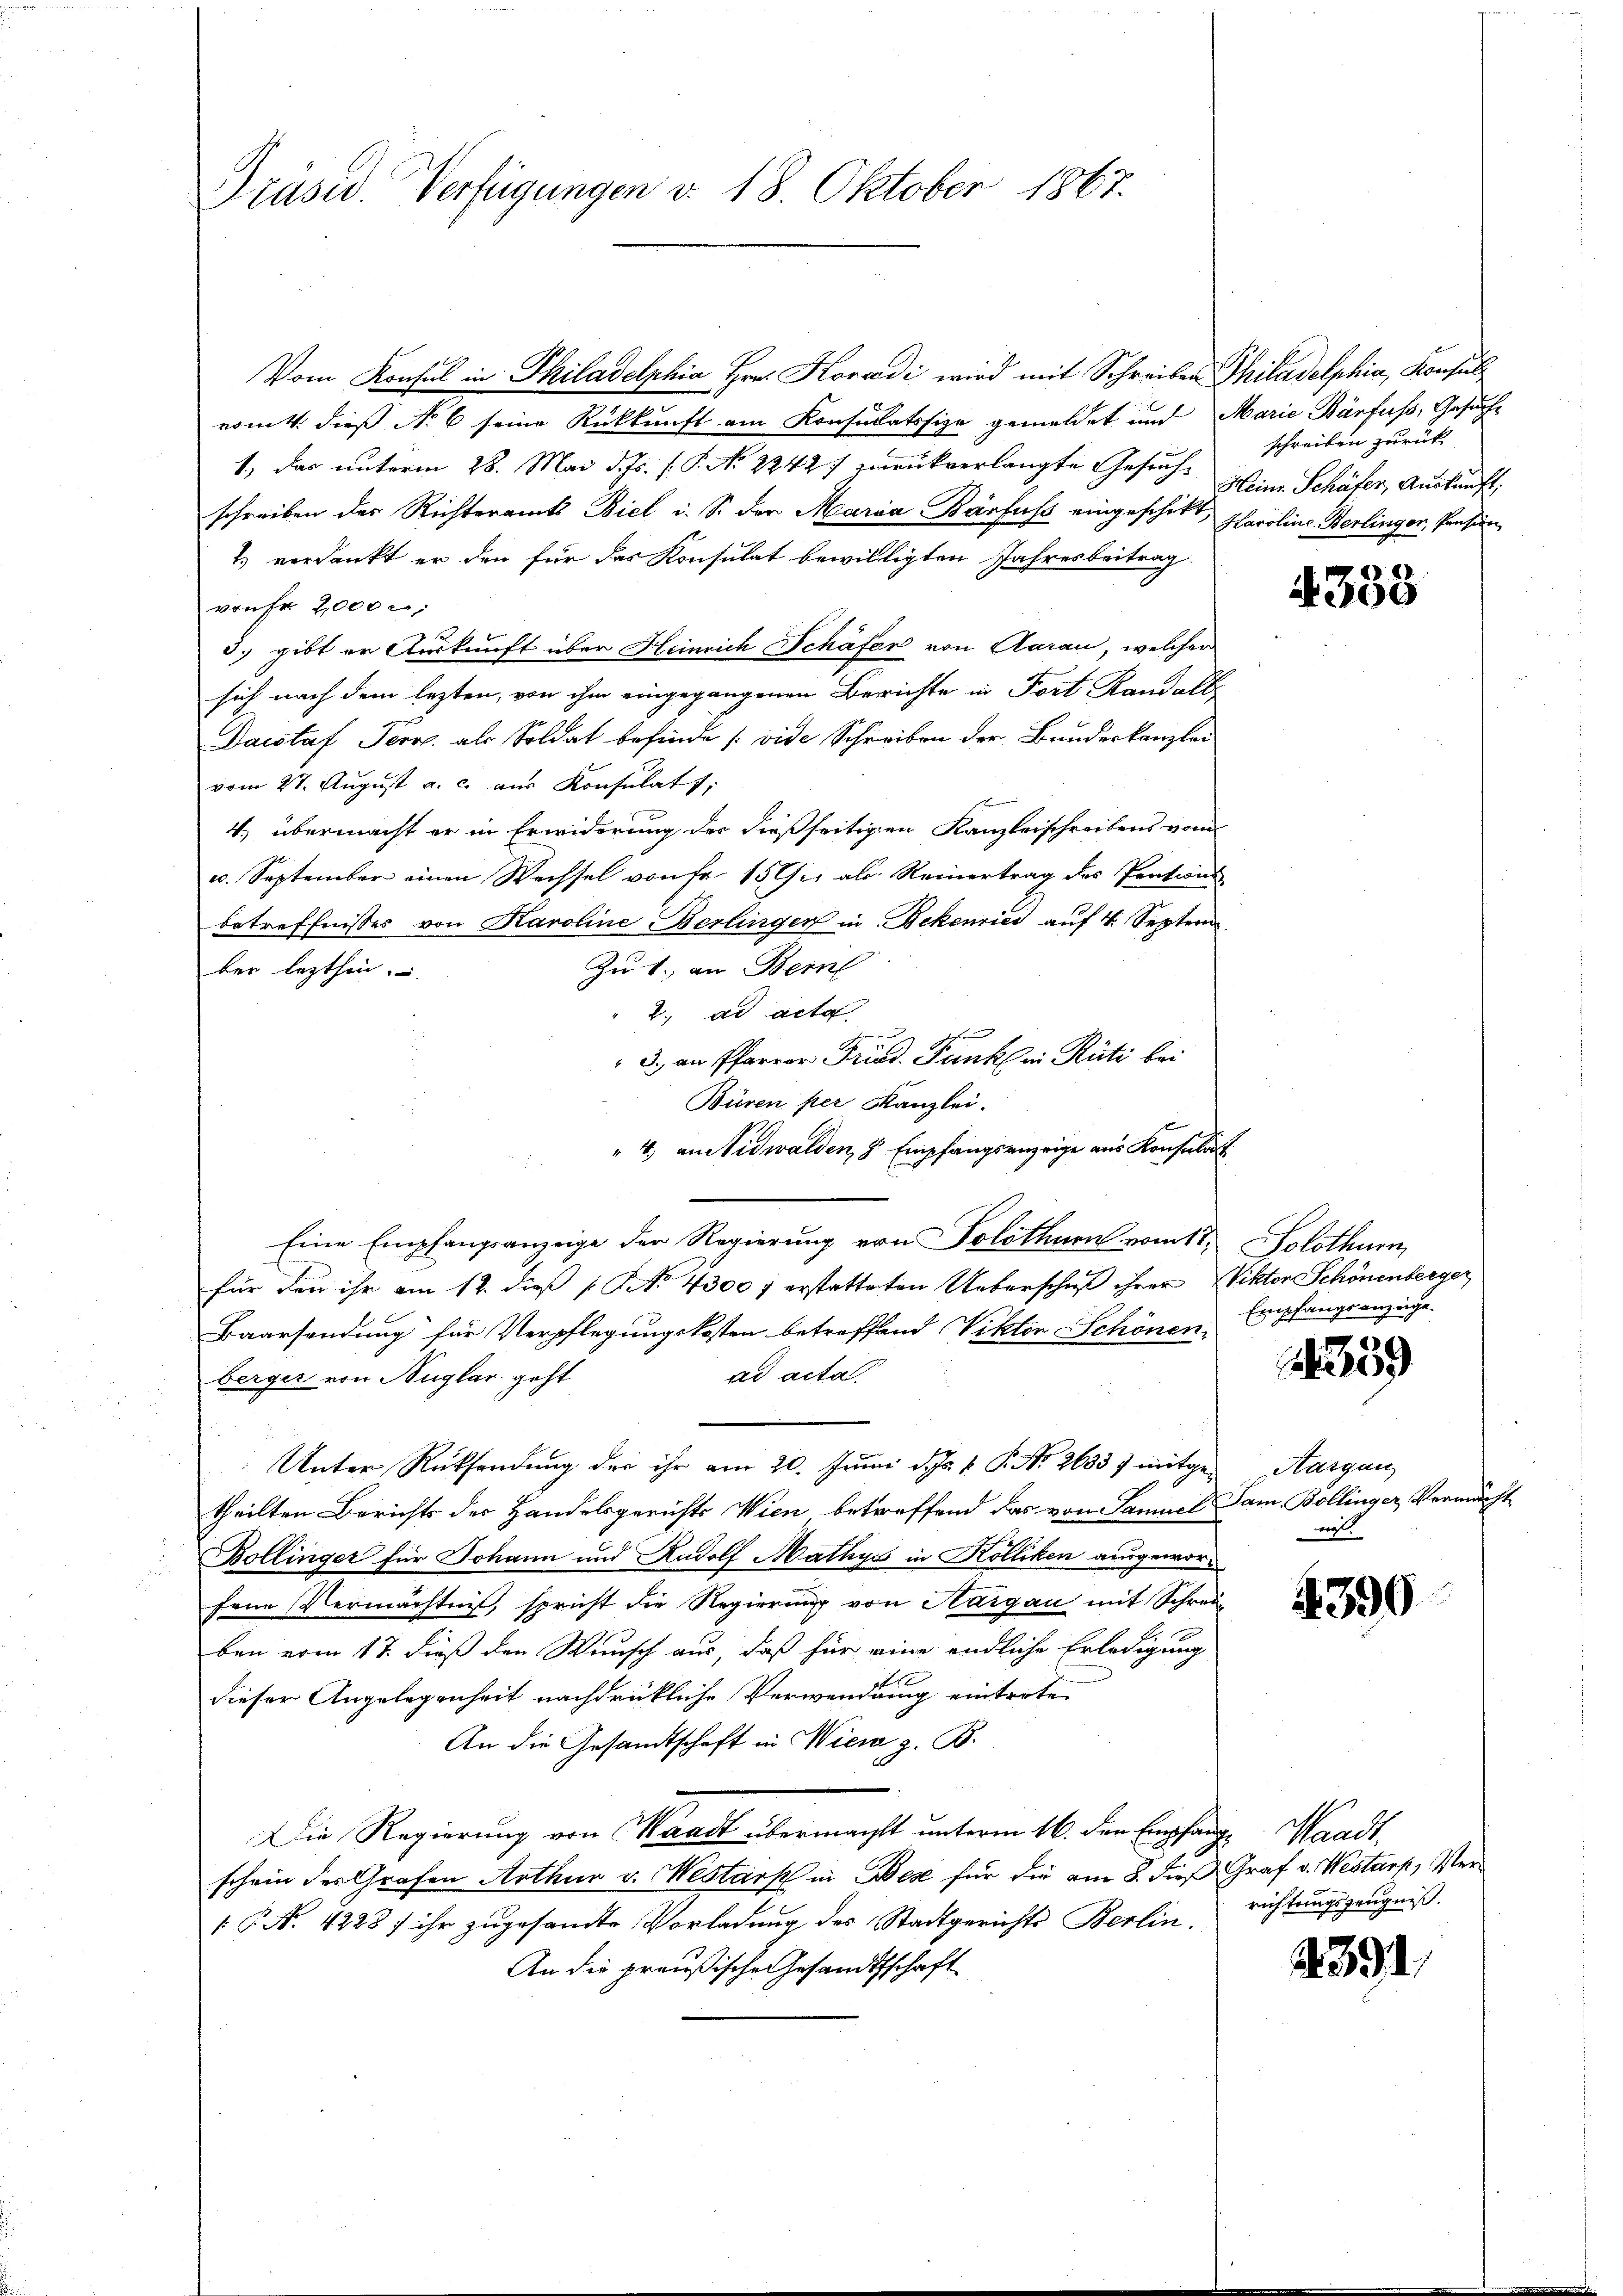
Präsid. Verfügungen v. 18. Oktober 1867.

Vom Konsul in Philadelphia Hrn. Koradi wird mit Schreiben Philadelphia, Konsul
romt dieß Nr 6 seine Rückkunft am Konsulatssige gemeldet und Marie Bärfuss, Gesuche
1., Das unterm 28. Mai d. Js. f. P. No 22427 zurückverlangte Gesuche peine Schäfer, Auskunft.
schreiben des Richteramts Biel i. S. der Maria Barfuss eingeschikt, Parolins Berlinger, Pension
1) verdankt er den für das Konsulat bewilligten Jahresbeitrag
vonf 2,000
3. gibt er Auskunft über Heinrich Schäfer von Aarau, welcher
sich nach dem lezten, von ihm eingegangenen Berichte in Fort Randalb
Dacstaf Pero als Soldat befinde (vide Schreiben der Bundeskanzlei
vom 27. Aŭgŭst a. c. aus Konsulats,
4. übermacht er in Erwiderung der dießseitigen Kanzleischreibens vom
u. September einen Wechsel von Fr. 15 Gri als Reinertrag des Prations-
betreffnisses von Karoline Berlingen in Bekenries auf 4. Septem
Zu 1. an Bern
ber lezthin.
2. ad acta
.
3., an Pfarrer Fried. Punkt in Rüti bei
Büren per Kanzlei.
" 4. an Nidwalden, z. Empfangsanzeige aus Konsulat
Eine Empfangsanzeige der Regierung von Solothurn vom 17. Solothurn
für den ihr am 12. dieß (S. 4300 f erstatteten Ueberschieß ihrer Viktor Schönenberger
Baarsendung für Verpflegungskosten betreffend Viktor Schönen Empfangsanzeige
ad acta
berger von Auglar geht
Unter Rücksendung der ihr am 20. Juni d. Js. v. P. Nr. 26337 mitgetheilten Berichts des Handelsgerichts Wien, betreffend das von Samuel Sam. Bollinger, Vermächt
Bollinger für Johann und Radolf Mathys in Kölliken ausgeworfene Vermächtnis, spricht die Regierung von Haigau mit Schreiben vom 17. dieß den Wunsch aus, daß für eine endliche Erledigung
dieser Angelegenheit nachdrückliche Verwendung eintrete
An die Gesandtschaft in Wien z. B.
Die Regierung von Waadt übermacht unterm 16. den Empfang Waadt,
schein der Grafen Arthur v. Westark in Bese für die am 8. dieß Graf v. Westorp, Ver¬
 P. N. 4228 f ihr zugesandte Vorladung des Stadtgerichts Berlin, richtungszeugniß.
An die preußische Gesandtschaft

schreiben zurück |

4333

359

Aargau
ni

4396

4391